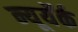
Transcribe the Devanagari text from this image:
न्यूयॅर्क